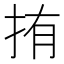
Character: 𭠥